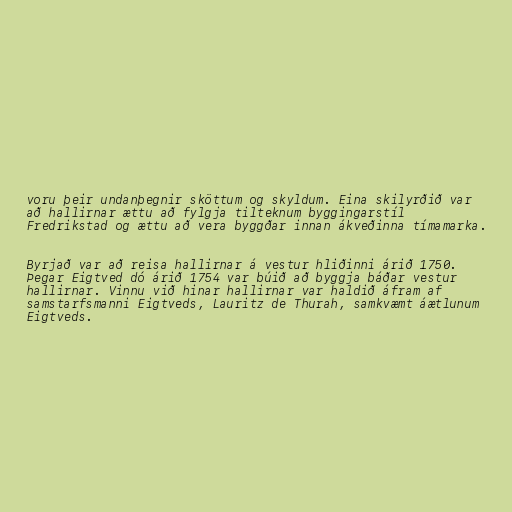
voru þeir undanþegnir sköttum og skyldum. Eina skilyrðið var
að hallirnar ættu að fylgja tilteknum byggingarstíl
Fredrikstad og ættu að vera byggðar innan ákveðinna tímamarka.

Byrjað var að reisa hallirnar á vestur hliðinni árið 1750.
Þegar Eigtved dó árið 1754 var búið að byggja báðar vestur
hallirnar. Vinnu við hinar hallirnar var haldið áfram af
samstarfsmanni Eigtveds, Lauritz de Thurah, samkvæmt áætlunum
Eigtveds.